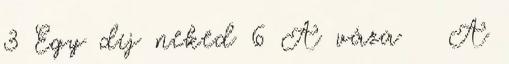
3 Egy díj neked 6 A váza A